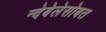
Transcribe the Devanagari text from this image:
न्देबेलेसोबत